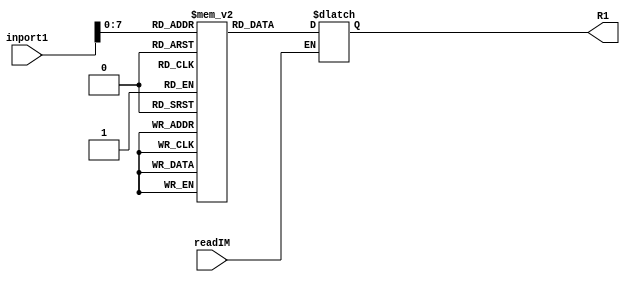
`timescale 1ns / 1ps

module InstructionMem(
    input [31:0] inport1,
    input readIM,
    output reg [31:0] R1
);
    reg [31:0] R[255:0];
    
    initial begin
    //    R[0] = 32'b11000000000000000000000000000010;//BR 2
    //    R[0] = 32'b01000110000000000000000001100001;//BPL R6,3
    //    R[1] = 32'b00000001000000010100000000000000;
    //    R[2] = 32'b00100011001010000000000000100001;
    //    R[3] = 32'b00100011000010000000000000000000;
    //     R[4] = 32'b00100011000100000000000000100000;
    //    R[5] = 32'b00000001000100010000000000001000;//ADD R4,R1.R2
    //    R[6] = 32'b01000000000111111111111100100011;

        // gcd
        R[0]=32'b00000001000100010000000000000010;
        R[1]=32'b01000100000000000000000010100011;
        R[2]=32'b01000100000000000000000001000001;
        R[3]=32'b00000001000100000100000000000010;
        R[4]=32'b11000011111111111111111111111011;
        R[5]=32'b00000010000010001000000000000010;
        R[6]=32'b11000011111111111111111111111001;
        R[7]=32'b00000001000000001100000000000000;
        R[8]=32'b11000011111111111111111111111111;

        //booth
        // R[0] = 32'b00000000000000010100000000000000;
        // R[1] = 32'b00000000000000011000000000000000;
        // R[2] = 32'b00000000000000011100000000000000;
        // R[3] = 32'b00000111000000000000000111100001;
        // R[4] = 32'b01000111000000000000001011000011;
        // R[5] = 32'b00000010000000100000000000000000;
        // R[6] = 32'b00001000000000000000000000100101;
        // R[7] = 32'b01001000000000000000000001000011;
        // R[8] = 32'b01000110000000000000000010000011;
        // R[9] = 32'b11000000000000000000000000000100;
        // R[10] = 32'b01000110000000000000000001100011;
        // R[11] = 32'b00000101000010010100000000000000;
        // R[12] = 32'b11000000000000000000000000000001;
        // R[13] = 32'b00000101000010010100000000000010;
        // R[14] = 32'b00000000000000011000000000000000;
        // R[15] = 32'b01001000000000000000000000100011;
        // R[16] = 32'b00000110000000000000000000100001;
        // R[17] = 32'b00000010000000000000000000101110;
        // R[18] = 32'b00000101000000100000000000000000;
        // R[19] = 32'b00001000000000000000000000100101;
        // R[20] = 32'b01001000000000000000000001000011;
        // R[21] = 32'b00000010000010000000000000000111;
        // R[22] = 32'b11000000000000000000000000000001;
        // R[23] = 32'b00000010000001111111111111100101;
        // R[24] = 32'b00000101000000000000000000101110;
        // R[25] = 32'b00000111000000000000000000100011;
        // R[26] = 32'b11000011111111111111111111101001;
        // R[27] = 32'b00000101000000001100000000000000;
        // R[28] = 32'b00000010000000010000000000000000;
        // R[29] = 32'b11000011111111111111111111111111;
    end
    
    always @(*) begin
        if(readIM == 1'b1)
        R1=R[inport1];
    end
endmodule